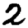
Digit: 2